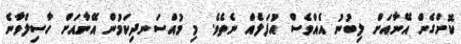
ކޮށްގެން އޭނާއަށް ލިބުނު އެއްވެސް އުފަލެއް ނެތެވެ. މި މުއްސަނދިކަމުން އޭނާއަށް ހާސިލްވާނެ